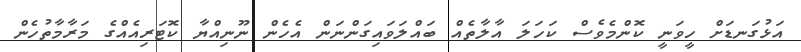
އަޅުގަނޑަށް ހީވަނީ ކޮންމެވެސް ކަހަލަ އާލާތެއް ބައްލަވައިގަންނަން އެހެން ނޫނިއްޔާ ކޮޓަރިއެއްގެ މަރާމާތުހެން